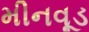
મીનવૂડ